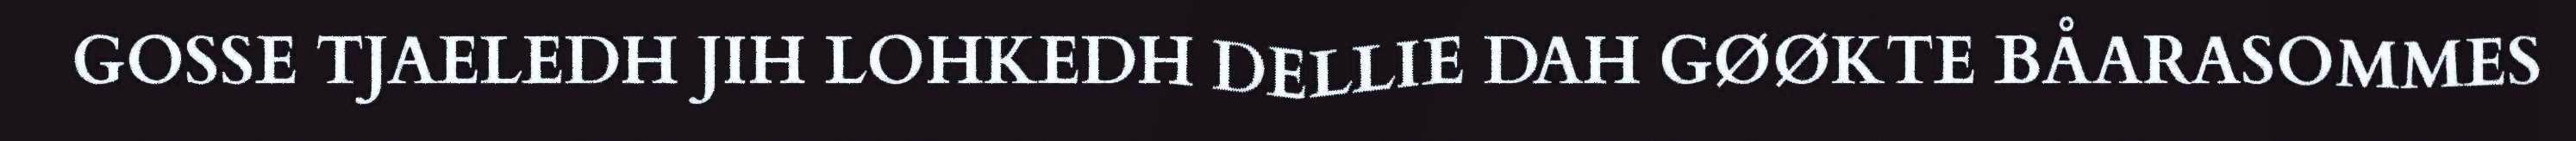
GOSSE TJAELEDH JIH LOHKEDH DELLIE DAH GØØKTE BÅARASOMMES